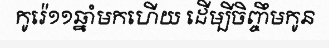
កូរ៉េ១១ឆ្នាំមកហើយ ដើម្បីចិញ្ចឹមកូន